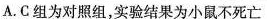
A. C组为对照组，实验结果为小鼠不死亡